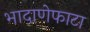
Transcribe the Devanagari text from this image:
भादाणेफाटा